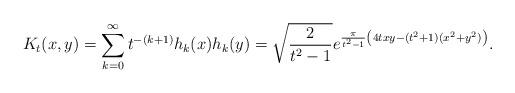
LaTeX: \begin{align*} K_t(x,y) &= \sum_{k=0}^\infty t^{-(k+1)} h_k(x)h_k(y) = \sqrt{\frac{2}{t^2-1}} e^{\frac{\pi}{t^2-1}\left(4t xy - (t^2+1)( x^2+y^2)\right) }.\end{align*}